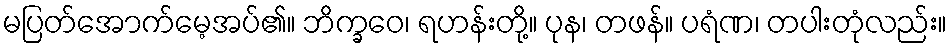
မပြတ်အောက်မေ့အပ်၏။ ဘိက္ခဝေ၊ ရဟန်းတို့။ ပုန၊ တဖန်။ ပရံဏ၊ တပါးတုံလည်း။